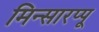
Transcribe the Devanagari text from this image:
मिन्सारप्पू